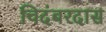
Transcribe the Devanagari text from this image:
चिदंबरदास